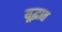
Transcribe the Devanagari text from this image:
यूद्घात